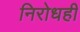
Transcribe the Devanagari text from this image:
निरोधही